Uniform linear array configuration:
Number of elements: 4
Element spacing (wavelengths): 0.75
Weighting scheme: uniform
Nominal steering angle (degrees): -60
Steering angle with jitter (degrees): -59.62
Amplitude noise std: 0.05
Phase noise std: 0.05

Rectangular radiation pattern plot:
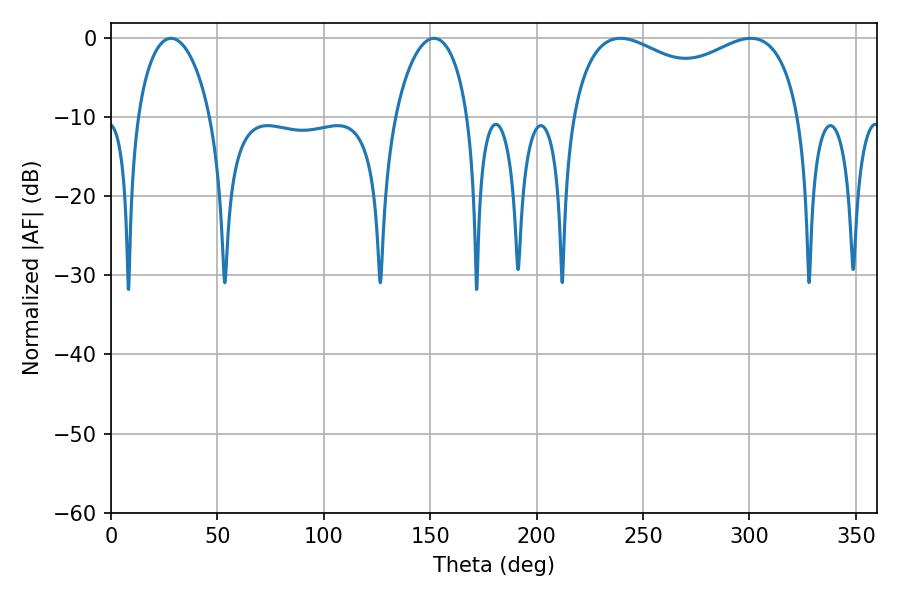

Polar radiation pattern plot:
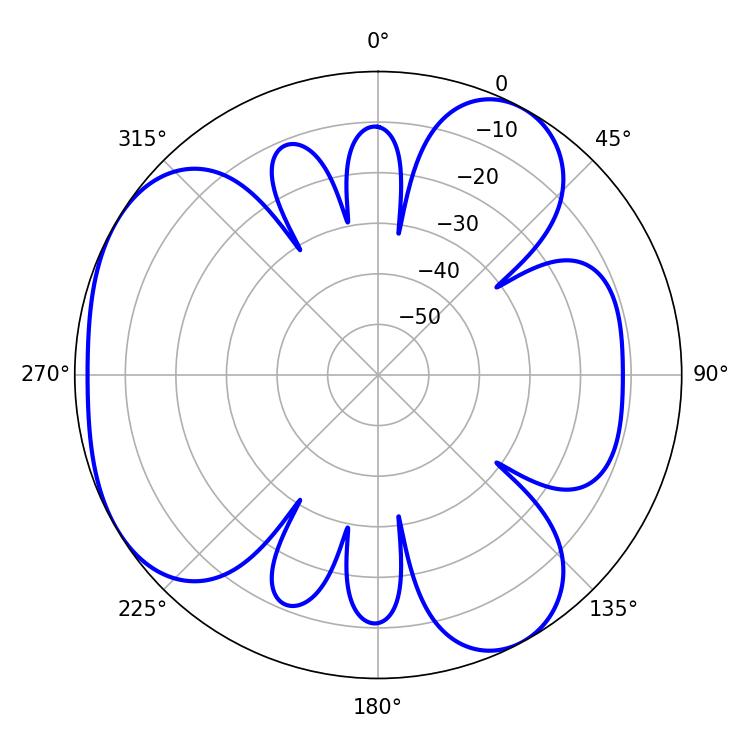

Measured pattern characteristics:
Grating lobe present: TRUE
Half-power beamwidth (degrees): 89.28
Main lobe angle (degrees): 239.4